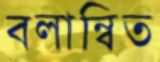
বলান্বিত